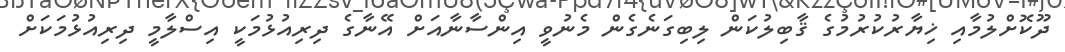
ދޫކޮށްލުމާއި ޚިޔާރުކުރުމުގެ ޤާބިލުކަން ލިބިގަނެގެން މެނުވީ އިންސާނާއަށް އޭނާގެ ދިރިއުޅުމަކީ އިސްލާމީ ދިރިއުޅުމަކަށް